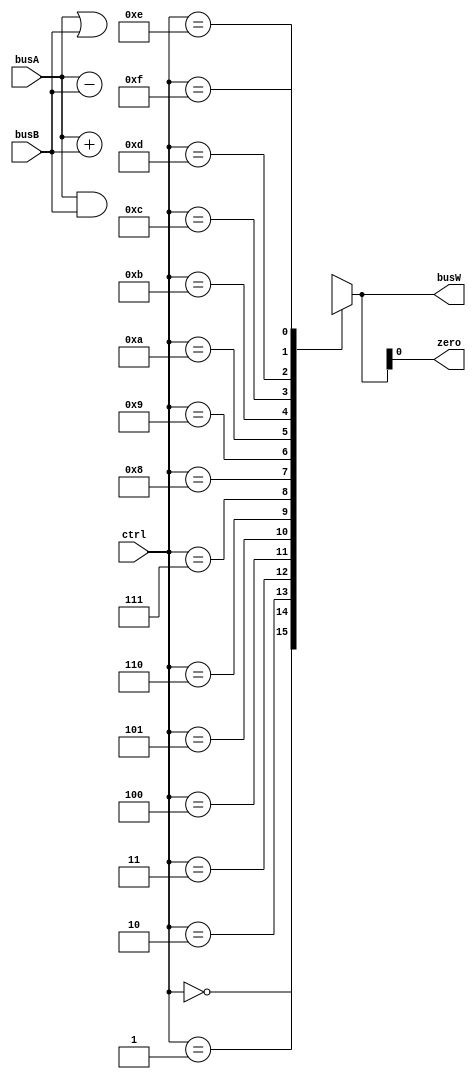
`define ALUOP_AND    4'b0000
`define ALUOP_ORR    4'b0001
`define ALUOP_ADD    4'b0010
`define ALUOP_SUB    4'b0111
`define ALUOP_PASSB  4'b0110

module alu(
    //output reg [63:0] busW,
    output     [63:0] busW,
    output            zero,
    input      [63:0] busA,
    input      [63:0] busB,
    input      [3:0]  ctrl
);

wire [63:0] subresults [15:0];

assign busW = subresults[ctrl];

// Assign subresults
assign subresults[`ALUOP_AND   ] = busA & busB;
assign subresults[`ALUOP_ORR   ] = busA | busB;
assign subresults[`ALUOP_ADD   ] = busA + busB;
assign subresults[`ALUOP_SUB   ] = busA - busB;
assign subresults[`ALUOP_PASSB ] = busB;

assign zero = busW;

endmodule